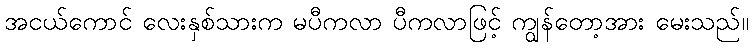
အငယ်ကောင် လေးနှစ်သားက မပီကလာ ပီကလာဖြင့် ကျွန်တော့အား မေးသည်။